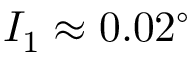
I _ { 1 } \approx 0 . 0 2 ^ { \circ }